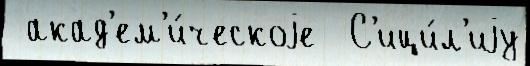
 акад'ем'и́ческоjе  С'ици́л'иjу